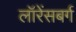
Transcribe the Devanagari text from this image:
लॉरेंसबर्ग